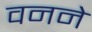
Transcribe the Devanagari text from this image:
वनने